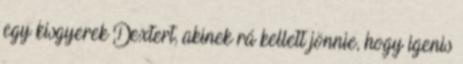
egy kisgyerek Dextert, akinek rá kellett jönnie, hogy igenis